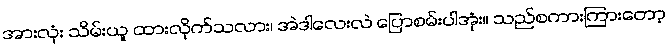
အားလုံး သိမ်းယူ ထားလိုက်သလား၊ အဲဒါလေးလဲ ပြောစမ်းပါအုံး။ သည်စကားကြားတော့